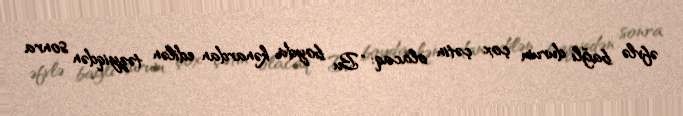
əfvlə bağlı durum çox çətin olacaq: “Bu boyda kənardan edilən təzyiqdən sonra